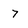
Character: 7